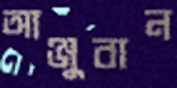
আঞ্জুবান